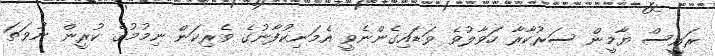
ރައީސް ޔާމީން ސަރުކާރާ ހަވާލުވެ ވަޑައިގެންނެވީ އެމަނިކުފާނުގެ ވެރިކަން ނިމުމުގެ ކުރީން ނުވަތަ